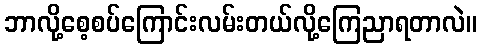
ဘာလို့စေ့စပ်ကြောင်းလမ်းတယ်လို့ကြေညာရတာလဲ။